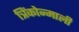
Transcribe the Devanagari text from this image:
त्रिंकोन्माली